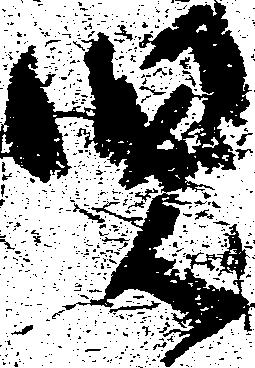
児